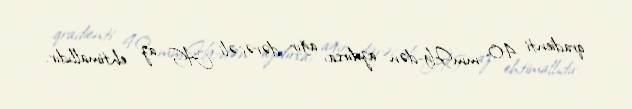
qradienti 40 mmHg-dən azdırsa, ağır dərəcəli AS az ehtimallıdır.